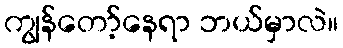
ကျွန်တော့်နေရာ ဘယ်မှာလဲ။